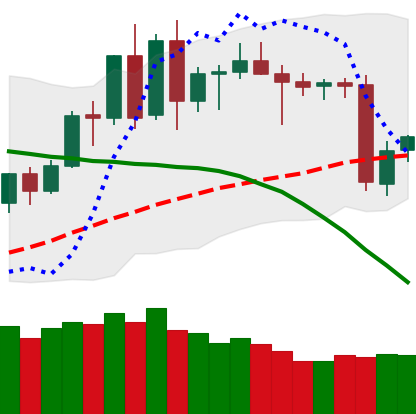
Ticker: BNB-USD
Chart end date: 2020-06-13
Forward return: -3.656%
Label: down_3_5